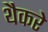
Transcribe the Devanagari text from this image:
थैैकरे